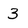
Character: 3